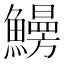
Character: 𩻠